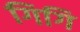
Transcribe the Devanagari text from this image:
गिगि